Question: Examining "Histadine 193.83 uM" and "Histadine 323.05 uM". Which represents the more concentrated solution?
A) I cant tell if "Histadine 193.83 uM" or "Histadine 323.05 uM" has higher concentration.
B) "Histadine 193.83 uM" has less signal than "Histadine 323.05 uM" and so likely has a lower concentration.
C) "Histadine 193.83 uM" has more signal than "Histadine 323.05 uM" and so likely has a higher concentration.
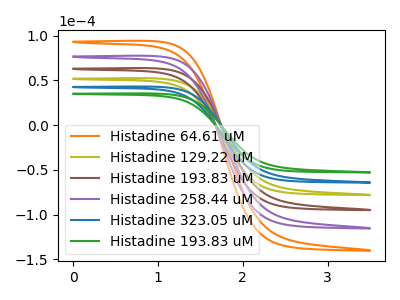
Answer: <think>The orange curve "Histadine 64.61 uM" has no peaks. The olive curve "Histadine 129.22 uM" has no peaks. The brown curve "Histadine 193.83 uM" has no peaks. The purple curve "Histadine 258.44 uM" has no peaks. The blue curve "Histadine 323.05 uM" has no peaks. The green curve "Histadine 193.83 uM" has no peaks.
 Neither "Histadine 193.83 uM" or "Histadine 323.05 uM" have any peaks.</think>
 <answer>A) I cant tell if "Histadine 193.83 uM" or "Histadine 323.05 uM" has higher concentration.</answer>
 <eval>A</eval>